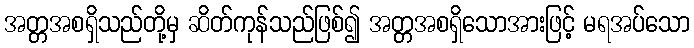
အတ္တအစရှိသည်တို့မှ ဆိတ်ကုန်သည်ဖြစ်၍ အတ္တအစရှိသောအားဖြင့် မရအပ်သော